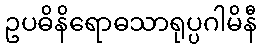
ဥပဓိနိရောဓသာရုပ္ပဂါမိနီ